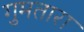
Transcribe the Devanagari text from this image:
गुमतारा